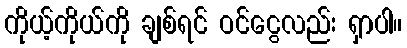
ကိုယ့်ကိုယ်ကို ချစ်ရင် ဝင်ငွေလည်း ရှာပါ။